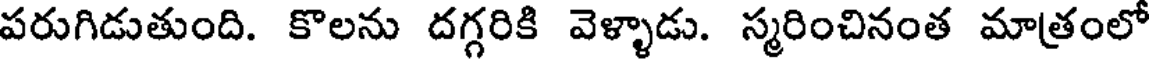
పరుగిడుతుంది. కొలను దగ్గరికి వెళ్ళాడు. స్మరించినంత మాత్రంలో